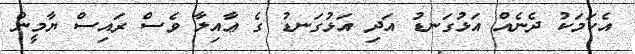
އެކަމަކު ދެނެއް އަޅުގަނޑު އަދި އަޅުގަނޑު ގެ ޢާއިލާ ވެސް ރައިސް ޔާމީން